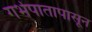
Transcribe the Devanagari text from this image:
गर्भपातापासून